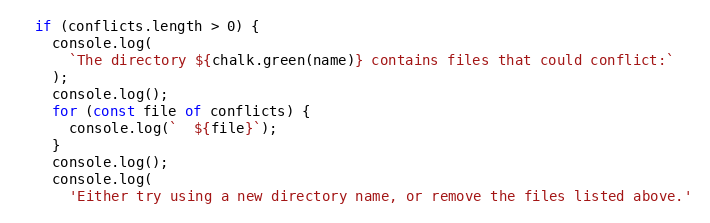
Language: JavaScript
  if (conflicts.length > 0) {
    console.log(
      `The directory ${chalk.green(name)} contains files that could conflict:`
    );
    console.log();
    for (const file of conflicts) {
      console.log(`  ${file}`);
    }
    console.log();
    console.log(
      'Either try using a new directory name, or remove the files listed above.'